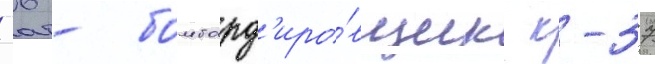
-36 - бомбард'иро́вщик к-37